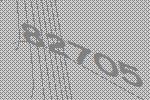
82705